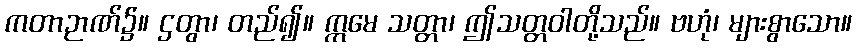
ကတာဉာဏ်၌။ ဌတွာ၊ တည်၍။ ဣမေ သတ္တာ၊ ဤသတ္တဝါတို့သည်။ ဗဟုံ၊ များစွာသော။